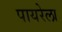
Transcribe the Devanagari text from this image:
पायरेला